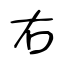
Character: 右